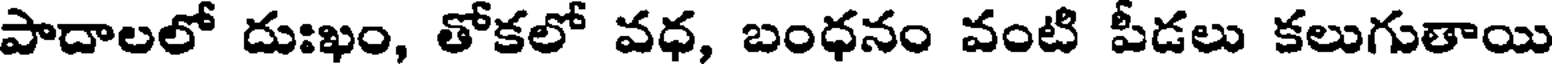
పాదాలలో దుఃఖం, తోకలో వధ, బంధనం వంటి పీడలు కలుగుతాయి